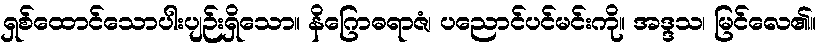
ရှစ်ထောင်သောပါးပျဉ်းရှိသော။ နိဂြောဓရာဇံ၊ ပညောင်ပင်မင်းကို။ အဒ္ဒသ၊ မြင်လေ၏။